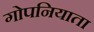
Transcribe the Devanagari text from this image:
गोपनियाता